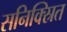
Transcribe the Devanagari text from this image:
सनिक्स्रित